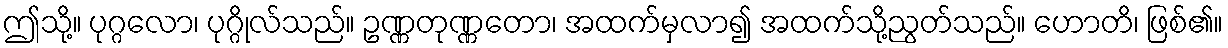
ဤသို့။ ပုဂ္ဂလော၊ ပုဂ္ဂိုလ်သည်။ ဥဏ္ဏတုဏ္ဏတော၊ အထက်မှလာ၍ အထက်သို့ညွတ်သည်။ ဟောတိ၊ ဖြစ်၏။